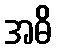
အဓိ